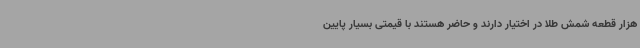
هزار قطعه شمش طلا در اختیار دارند و حاضر هستند با قیمتی بسیار پایین